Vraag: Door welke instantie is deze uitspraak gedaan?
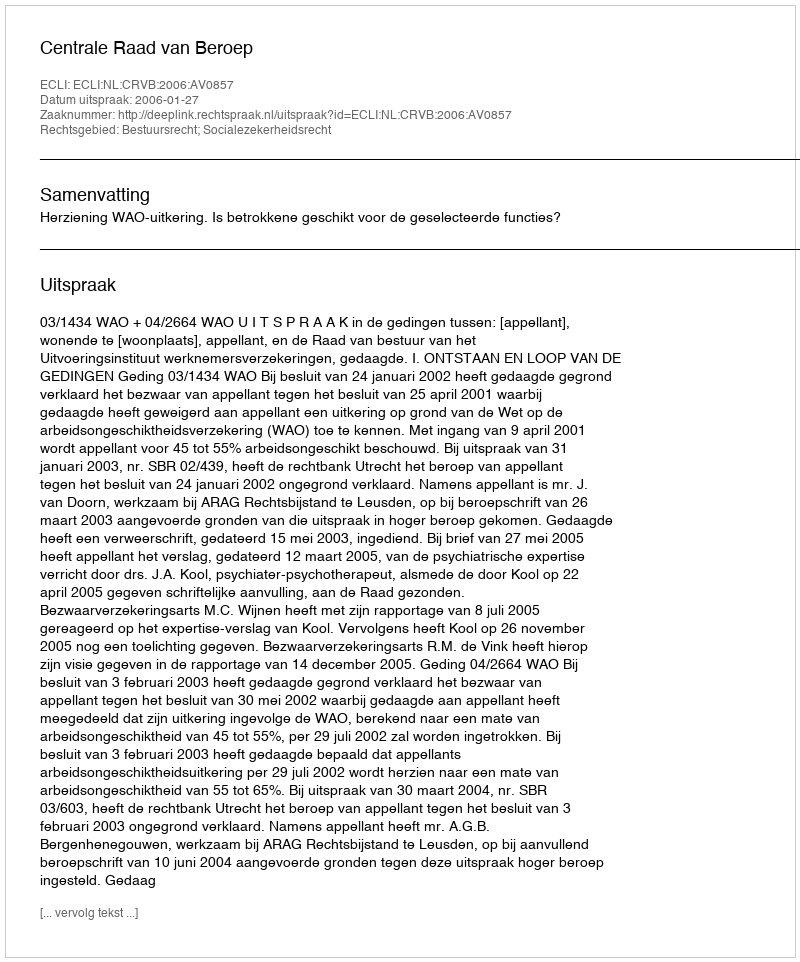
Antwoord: Centrale Raad van Beroep